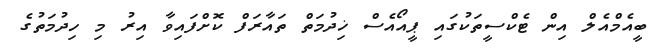
ބީއެމްއެލް އިން ޓެކްސީތަކުގައި ޕީއޯއެސް ޚިދުމަތް ތައާރަފް ކޮށްފައިވާ އިރު މި ހިދުމަތުގެ